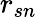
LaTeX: r_{sn}